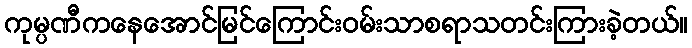
ကုမ္ပဏီကနေအောင်မြင်ကြောင်းဝမ်းသာစရာသတင်းကြားခဲ့တယ်။